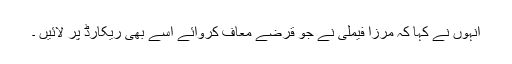
انہوں نے کہا کہ مرزا فیملی نے جو قرضے معاف کروائے اسے بھی ریکارڈ پر لائیں ۔